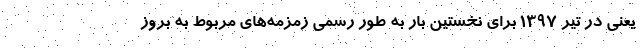
یعنی در تیر ۱۳۹۷ برای نخستین بار به طور رسمی زمزمه‌های مربوط به بروز